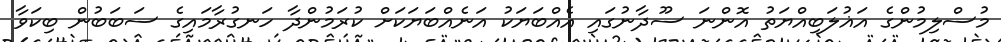
މުސްލިމުންގެ އަޣުލަބިއްޔަތު އޮންނަ ސޫދާނުގައި އެއްބަޔަކު އަނެއްބަޔަކަށް ކުރަމުންދާ ހަނގުރާމައިގެ ސަބަބުން ބިކަވާ